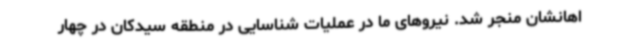
اهانشان منجر شد. نیروهای ما در عملیات شناسایی در منطقه سیدکان در چهار